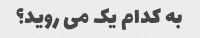
به کدام یک می روید؟